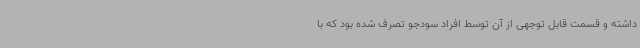
داشته و قسمت قابل توجهی از آن توسط افراد سودجو تصرف شده بود که با